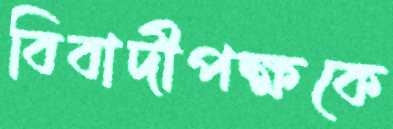
বিবাদীপক্ষকে